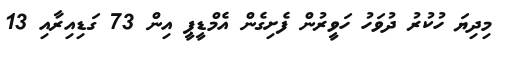
މިދިޔަ ހުކުރު ދުވަހު ހަވީރުން ފެށިގެން އެމްޑީޕީ އިން 73 ގަޑިއިރާއި 13